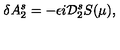
\delta A _ { 2 } ^ { s } = - \epsilon i { \cal D } _ { 2 } ^ { s } S ( \mu ) ,